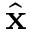
\hat { \bf x }